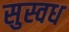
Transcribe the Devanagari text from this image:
सुस्वध